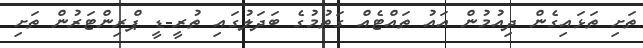
ތަށި ތަޅައިގެން ދިއުމުން އައު ތައްޓެއް ގަތުމުގެ ބަދަލުގައި ތުރީ-ޑީ ޕްރިންޓަރުން ތަށި